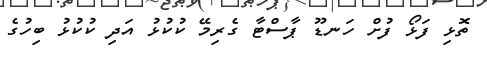
ތޮޅި ފަޅޯ ފުށް ހަނޑޫ ޕާސްޓާ ގެރިމޭ ކުކުޅު އަދި ކުކުޅު ބިހުގެ